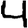
Digit: 4